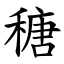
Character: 䅯